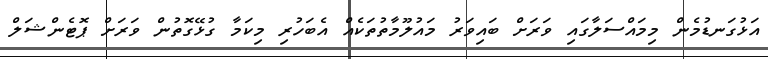
އަޅުގަނޑުމެން މިމައްސަލާގައި ވަރަށް ބައިވަރު މައުލޫމާތުތަކެއް އެބަހުރި މިކަމާ ގުޅޭގޮތުން ވަރަށް ޕޮޓެންޝަލް